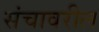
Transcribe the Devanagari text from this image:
संचावरील